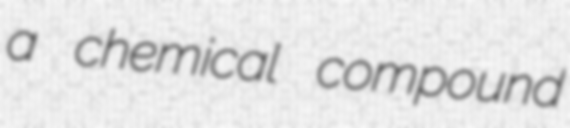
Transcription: a chemical compound